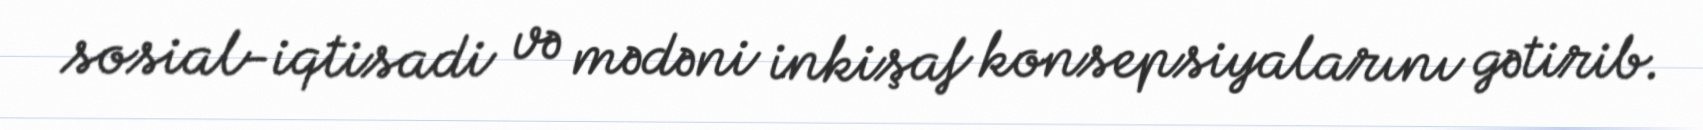
sosial-iqtisadi və mədəni inkişaf konsepsiyalarını gətirib.